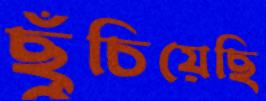
ছুঁচিয়েছি